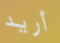
أريد